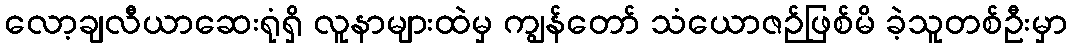
လော့ချလီယာဆေးရုံရှိ လူနာများထဲမှ ကျွန်တော် သံယောဇဉ်ဖြစ်မိ ခဲ့သူတစ်ဦးမှာ